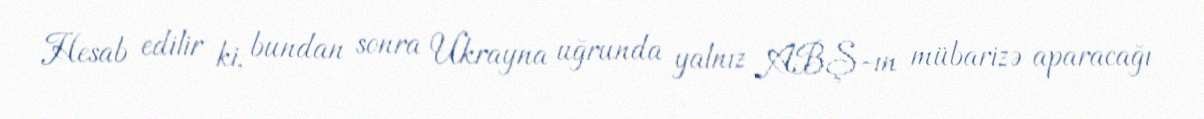
Hesab edilir ki, bundan sonra Ukrayna uğrunda yalnız ABŞ-ın mübarizə aparacağı